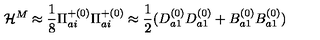
{ \cal H } ^ { M } \approx \frac { 1 } { 8 } { \Pi } _ { a i } ^ { + ( 0 ) } { \Pi } _ { a i } ^ { + ( 0 ) } \approx \frac { 1 } { 2 } ( D _ { a 1 } ^ { ( 0 ) } D _ { a 1 } ^ { ( 0 ) } + B _ { a 1 } ^ { ( 0 ) } B _ { a 1 } ^ { ( 0 ) } )